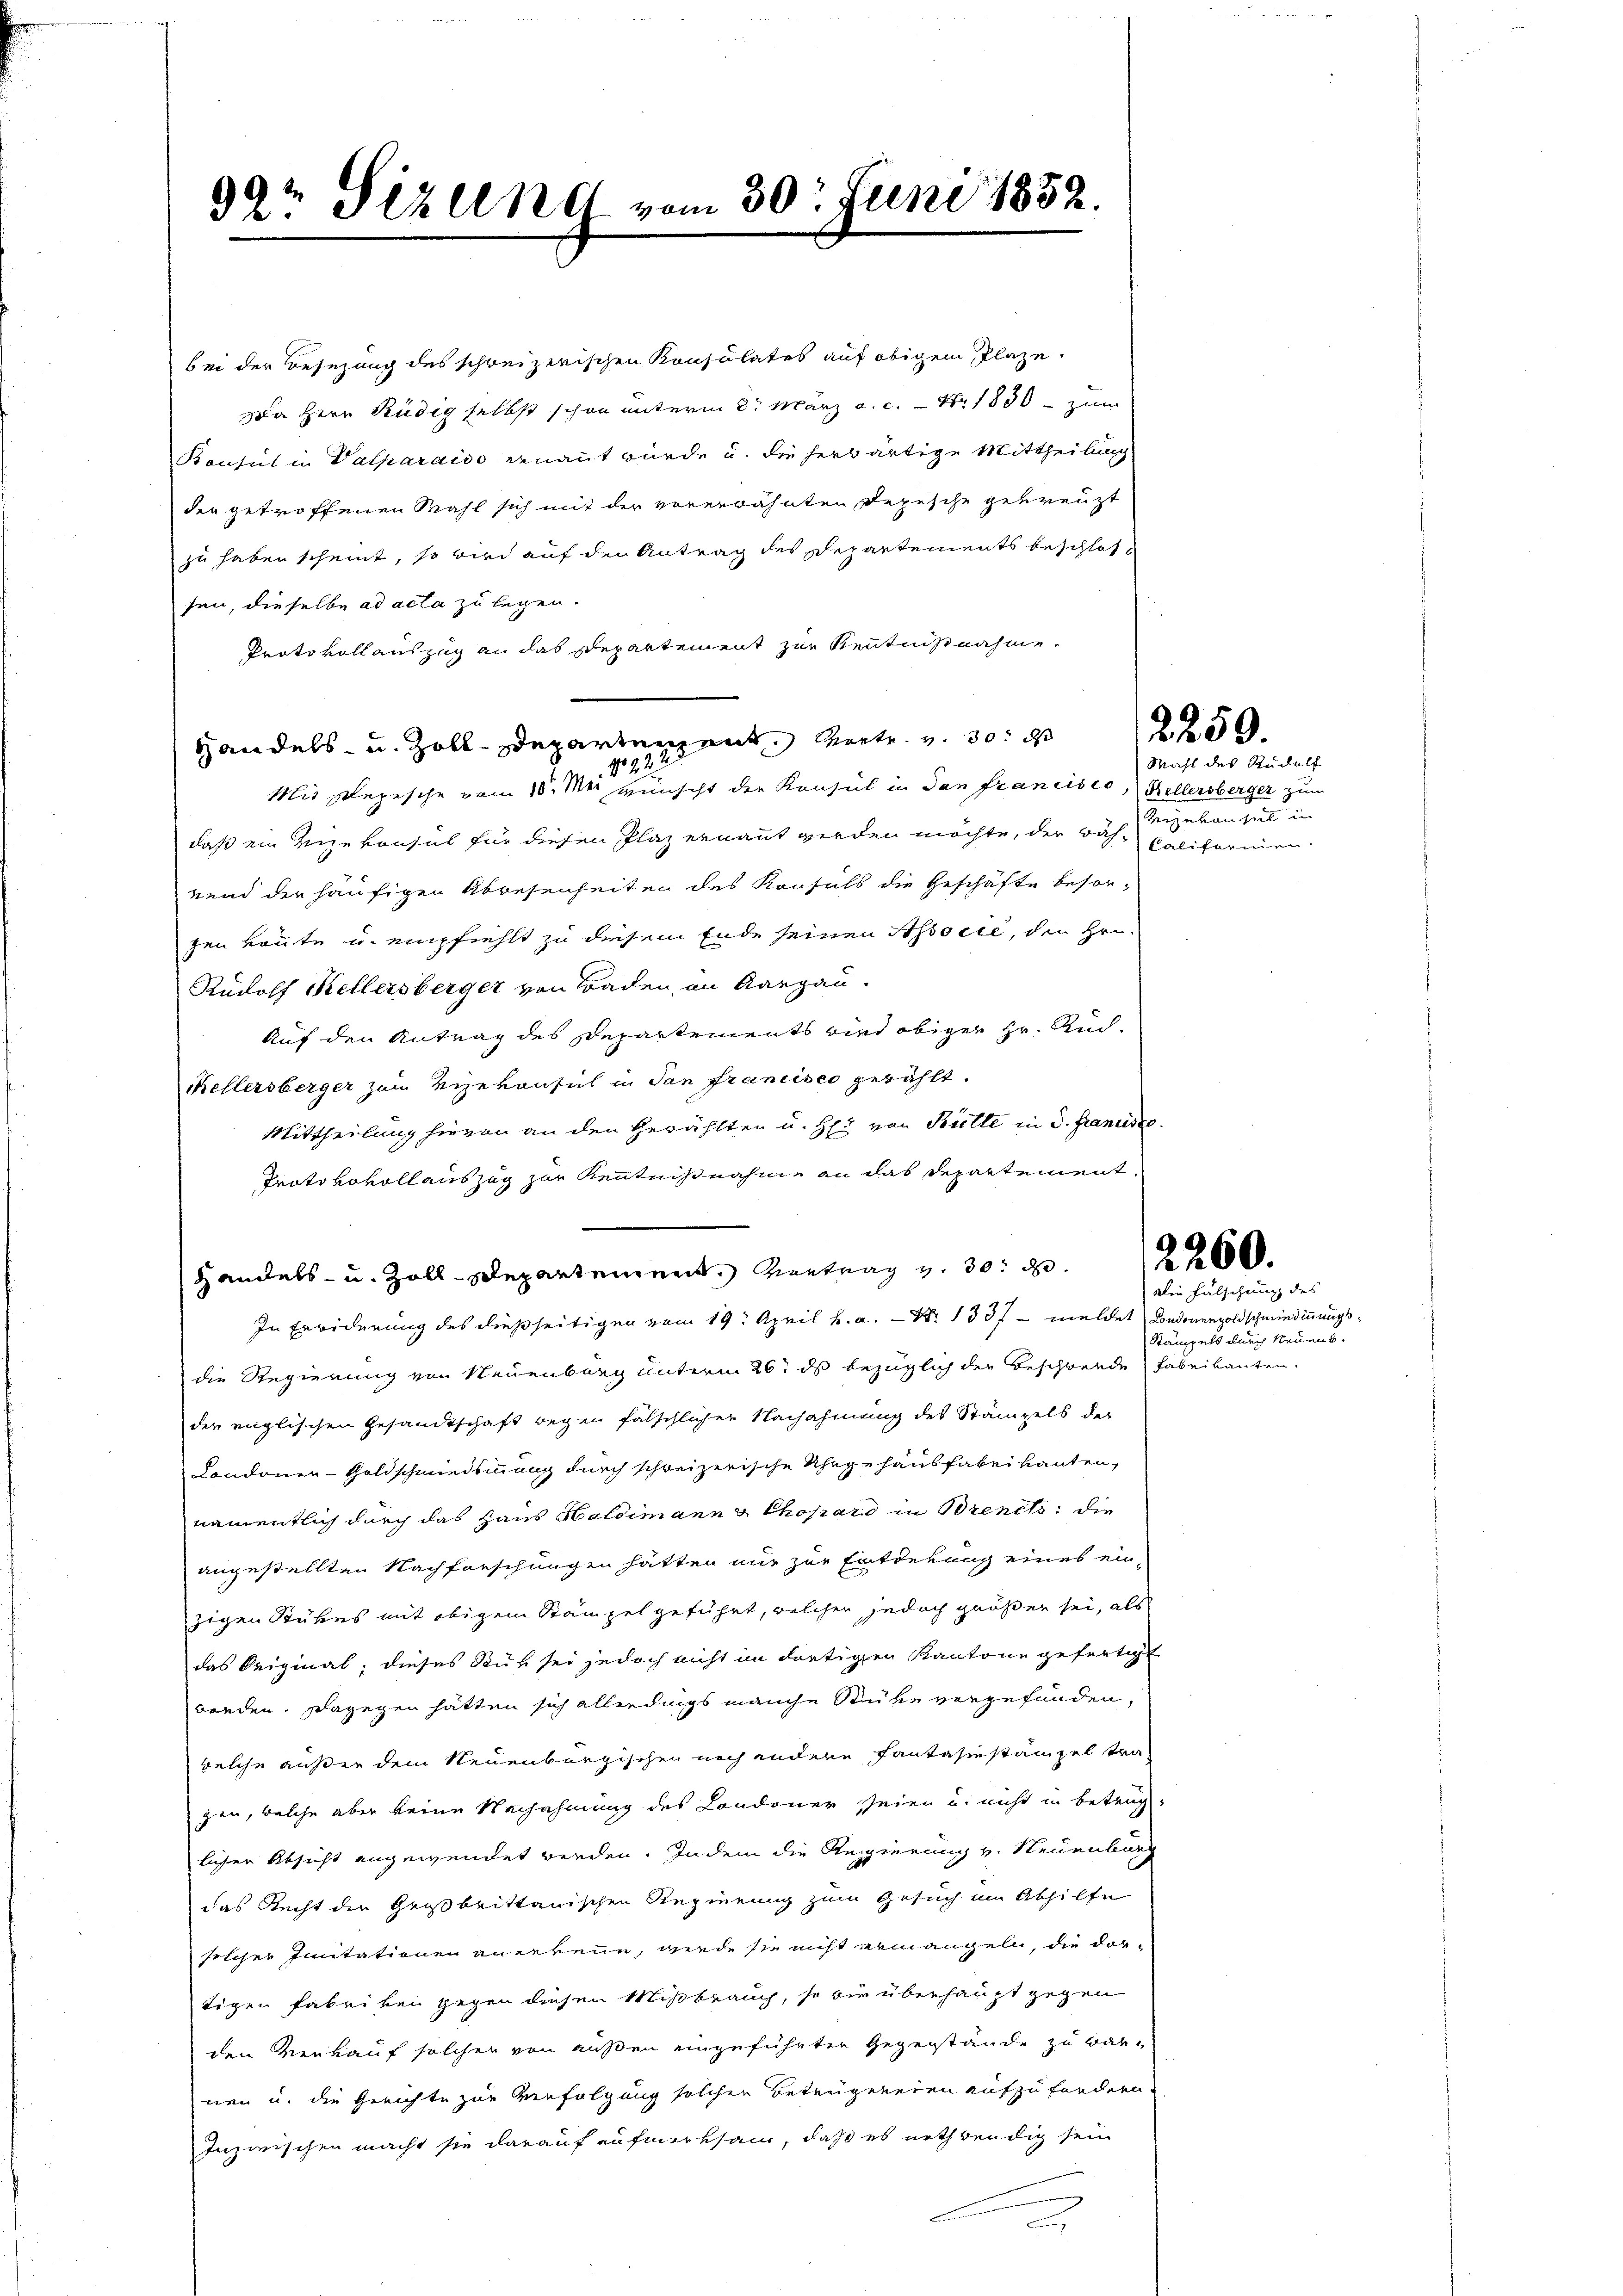
99t Pizelne vom 30. Juni 1832.

Handels- u. Zoll-Departement, Vertr. v. 30. ds
1092.

bei der Besezung des schweizerischen Konsulates auf obigem Plaze,
a Herr Rudig selbst schon unterm 2t März a. c. – Nr 1830 — zum
Bausul in Valparaiso ernannt wurde u. die herwärtige Mittheilung
der getroffenen Mahl sich mit der vorerwähnten Depesche gekreuzt
zu haben scheint, so wird auf den Antrag des Departements beschlos
sen, dieselbe ad acta zu legen.
Prato vollauszug an das Departement zur Kenntnisnahme.
Mit sepische vom 10. M. wünscht der Konsul in dan francisco, Kellersberger zum
daß ein Vizekonsul für diesen Plaz ernannt werden möchte, der Buch, Califormennend der häufigen Abwesenheiten des Konsuls die Geschäfte besor-
zen route u. empfiehlt zu diesem Ende seinen Associe, den Hei¬
Rudolf Kellersberger von Baden in Aargau.
Auf den Antrag des Departements wird obiger Hr. Rud.
Kellersberger zum Vizekonsul in dan francisco gewählt.
Mittheilung hievon an den Gewählten u. H. von Bütte in d. Francisze
Protokovollauszug zur Kenntnißnahme an das Departement,
Handels- u. Zoll-Departement. Vertrag v. 30. d.
In Erwiderung des dießseitigen vom 19. April h. a. N. 133 f - meldet Condoneroldschmiedigungsdie Regierung von Neuenburg unterm 26. ds bezüglich der Beschwerde Fabrikanten.
der englischen Gesandtschaft wegen fälschlicher Nachahmung des Stämpels der
Condoner-Goldschmiedsmmung durch schweizerische Uhrgehausfabrikanten,
namentlich durch das Haus Haldimanns Chopard in Brents die
angestellten Nachforschungen hätten nur zur Entdekung eines ein-
zigen Stükes mit obigem Stampelgeführt, welcher jedoch größer sei, als
das Original, dieses Ruh sei jedoch nicht in dortigen Kantone gefertigt
worden. Dagegen hatten sich allerdings manche Stüke vorgefunden,
welche außer dem Neuenburgischen noch andere Pantasinstanzel tra-
gen, welche aber keine Nachahmung des Londoner seien u. nicht in Betrug,
licher Absicht angewendet werden. Indem die Regierung v. Neuenburg
das Recht der Großbrittanischen Regierung zum Gesuch im Abhilfe
sischer Initationen anerkenne, wiede sie nicht ermangeln, die dortigen Fabriken gegen diesen Mißbrauch, so wie überhaupt gegen
den Verkauf solcher von außen eingeführten Gegenstände zu babe
nen u. die Gerichte zur Verfolgung solchen Betrugeneren aufzufordern.
Inzwischen macht sie darauf aufmerksam, daß es nothwendig sein
a

2250.

Mahl des Rudolf
Beyekonsul in

2260.

Die Fälschung des
Stämpels durch Neuenb